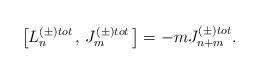
LaTeX: \begin{align*}\left[ L_n^{\left( \pm \right) tot}\,,\,J_m^{\left( \pm \right)tot}\,\right] =-mJ_{n+m}^{\left( \pm \right) tot}.\end{align*}